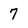
Character: 7